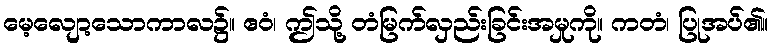
မေ့လျော့သောကာလ၌။ ဧဝံ၊ ဤသို့ တံမြက်လှည်းခြင်းအမှုကို။ ကတံ၊ ပြုအပ်၏။